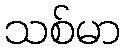
သစ်မာ